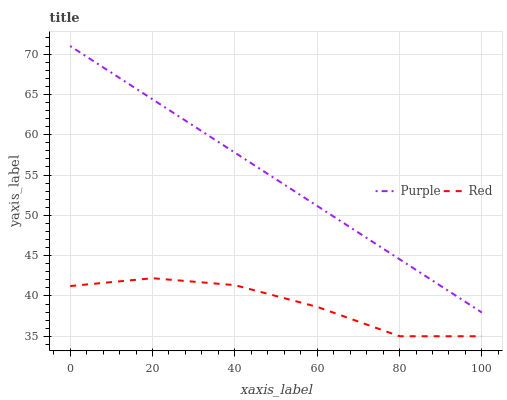
| xaxis_label | Purple | Red |
 | --- | --- | --- |
 | 0 | 71 | 41.2 |
 | 20 | 64.4 | 42.2 |
 | 40 | 57.8 | 41.3 |
 | 60 | 51.2 | 38.6 |
 | 80 | 44.6 | 35 |
 | 100 | 37.9 | 35 |